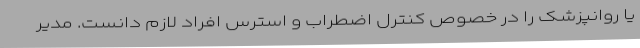
یا روانپزشک را در خصوص کنترل اضطراب و استرس افراد لازم دانست. مدیر